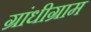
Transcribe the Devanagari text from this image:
ग्रांधीग्राम